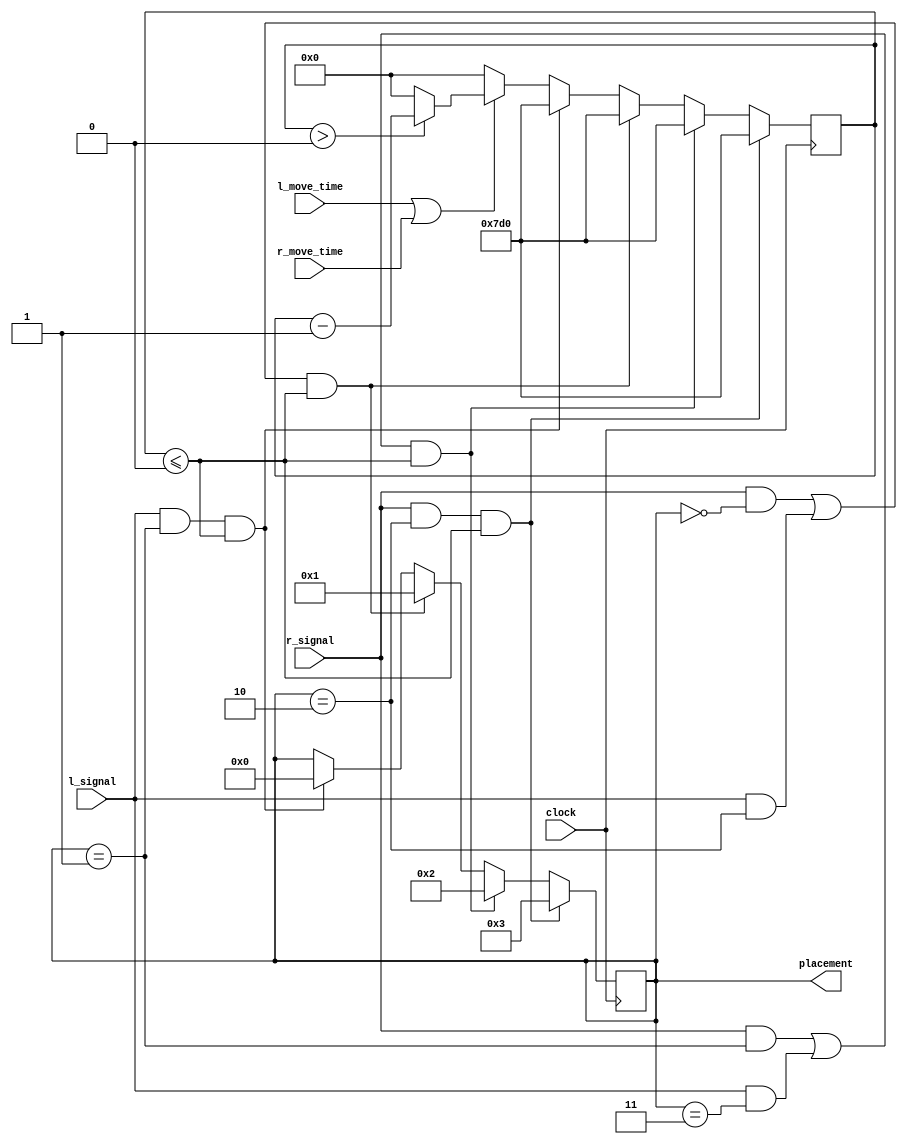
`timescale 1ns / 1ps
//////////////////////////////////////////////////////////////////////////////////
// Company: 
// Engineer: 
// 
// Design Name: 
// Module Name: placement
// Project Name: 
// Target Devices: 
// Tool Versions: 
// Description: 
// 
// Dependencies: 
// 
// Revision:
// Revision 0.01 - File Created
// Additional Comments:
// 
//////////////////////////////////////////////////////////////////////////////////


module placement(
    input clock,
    output reg [4:0] placement = 3,
    input l_signal,
    input r_signal,
    input l_move_time,
    input r_move_time
    );
    
    reg [10:0] count = 0;
    reg [20:0] s_count = 0;
    
    always @(posedge clock) begin
//        s_count = s_count + 1;
        
//        if (s_count >= 4000) begin
//            s_count = 5000;
//        end
        
//        if (s_count >= 4000) begin
            
            if ((l_move_time == 1) || (r_move_time == 1)) begin
                if (count > 0) begin
                    count <= count - 1;
                end
                else begin
                    count <= 0;
                end
            end else begin
                count <= 0;
            end
            
            
            if ((r_signal && (placement == 2))
                 && (count <= 0)) begin
                placement <= 3;
                count <= 2000;
            end
            else if (((r_signal && (placement == 1))
                || (l_signal && (placement == 3))) && (count <= 0)) begin
                placement <= 2;
                count <= 2000;
            end
            else if (((r_signal && (placement == 0))
                || (l_signal && (placement == 2))) && (count <= 0)) begin
                placement <= 1;
                count <= 2000;
            end
            else if (l_signal && (placement == 1) && (count <= 0)) begin
                placement <= 0;
                count <= 2000;
            end
            else begin
                placement <= placement;
            end
//        end
//        else begin
//            placement <= 3;
//        end
    end
    
endmodule